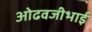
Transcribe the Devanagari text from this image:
ओढवजीभाई